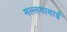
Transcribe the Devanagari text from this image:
मल्लवाबाई